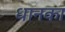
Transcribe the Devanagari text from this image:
धानका